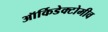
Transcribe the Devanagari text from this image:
ऑर्किडेक्टोमीव